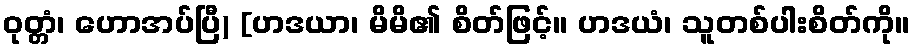
ဝုတ္တံ၊ ဟောအပ်ပြီ) [ဟဒယာ၊ မိမိ၏ စိတ်ဖြင့်။ ဟဒယံ၊ သူတစ်ပါးစိတ်ကို။